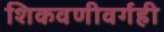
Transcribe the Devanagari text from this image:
शिकवणीवर्गही